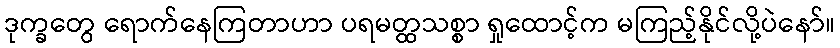
ဒုက္ခတွေ ရောက်နေကြတာဟာ ပရမတ္ထသစ္စာ ရှုထောင့်က မကြည့်နိုင်လို့ပဲနော်။